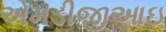
એમડીજીઆઇ